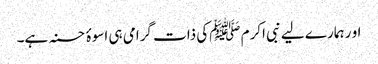
او ر ہمارے لیے نبی اکرم ﷺکی ذات گرامی ہی اسوۂ حسنہ ہے۔